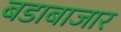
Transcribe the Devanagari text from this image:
बडाबाजार